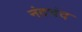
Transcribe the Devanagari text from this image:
नंदचंद